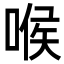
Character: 喉